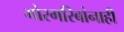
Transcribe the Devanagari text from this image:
गोरगरिबांनाही